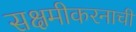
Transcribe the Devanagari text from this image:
सक्षमीकरनाची